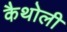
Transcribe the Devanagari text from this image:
कैथोली